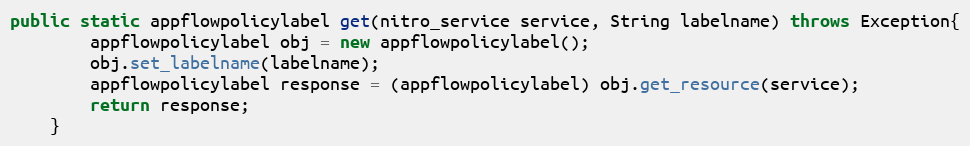
Language: Java
public static appflowpolicylabel get(nitro_service service, String labelname) throws Exception{
		appflowpolicylabel obj = new appflowpolicylabel();
		obj.set_labelname(labelname);
		appflowpolicylabel response = (appflowpolicylabel) obj.get_resource(service);
		return response;
	}